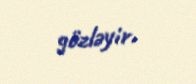
gözləyir.